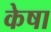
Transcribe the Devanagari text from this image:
केषा